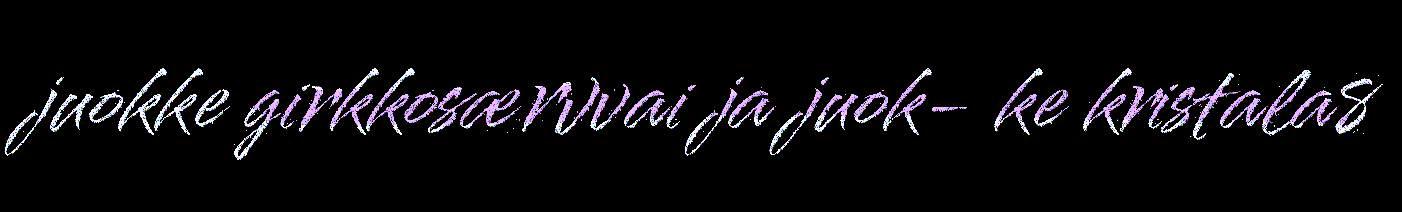
juokke girkkosærvvai ja juok- ke kristala8